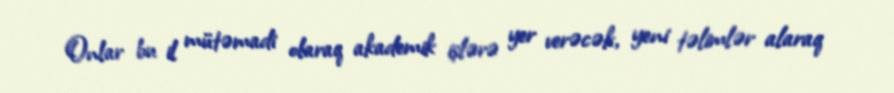
Onlar bu il mütəmadi olaraq akademik işlərə yer verəcək, yeni təlimlər alaraq